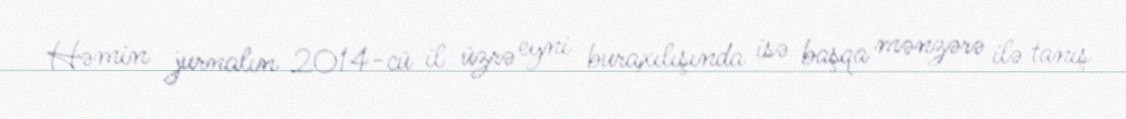
Həmin jurnalın 2014-cü il üzrə eyni buraxılışında isə başqa mənzərə ilə tanış